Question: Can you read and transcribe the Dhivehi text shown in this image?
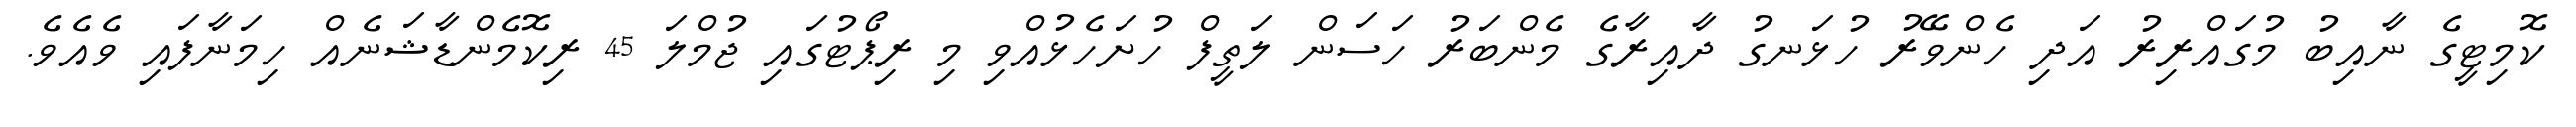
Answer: ކޮމިޓީގެ ނާއިބު މުގައްރިރު އަދި ހެންވޭރު ހުޅަނގު ދާއިރާގެ މެންބަރު ހަސަން ލަތީފް ހުށަހެޅުއްވި މި ރިޕޯޓުގައި ޖުމްލަ 45 ރިކޮމެންޑާޝަނެއް ހިމަނާފައި ވެއެވެ.